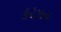
કરઝન